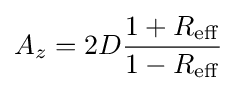
A_{z}=2D{\frac {1+R_{\mathrm {eff} }}{1-R_{\mathrm {eff} }}}